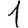
Digit: 1